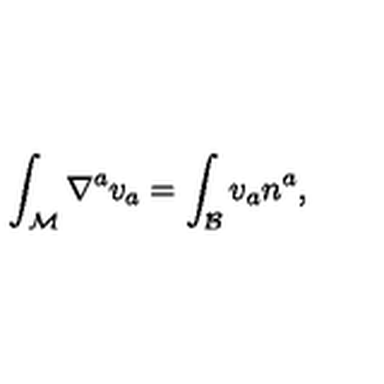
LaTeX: \int _ { \mathcal M } \nabla ^ { a } v _ { a } = \int _ { \mathcal B } v _ { a } n ^ { a } ,